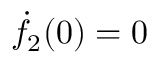
\dot { f } _ { 2 } ( 0 ) = 0